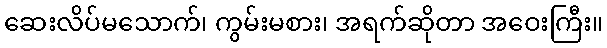
ဆေးလိပ်မသောက်၊ ကွမ်းမစား၊ အရက်ဆိုတာ အဝေးကြီး။